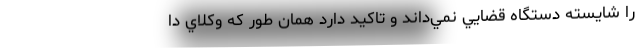
را شايسته دستگاه قضايي نمي‌داند و تاكيد دارد همان طور كه وكلاي دا